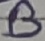
Text: B